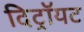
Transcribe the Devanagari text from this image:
दिट्रॉयट